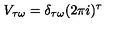
V _ { \tau \omega } = \delta _ { \tau \omega } ( 2 \pi i ) ^ { \tau }